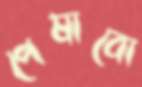
পেষাবো